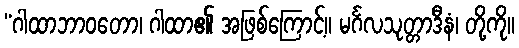
“ဂါထာဘာဝတော၊ ဂါထာ၏ အဖြစ်ကြောင့်။ မင်္ဂလသုတ္တာဒီနံ၊ တို့ကို။